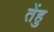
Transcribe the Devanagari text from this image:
तेंहु